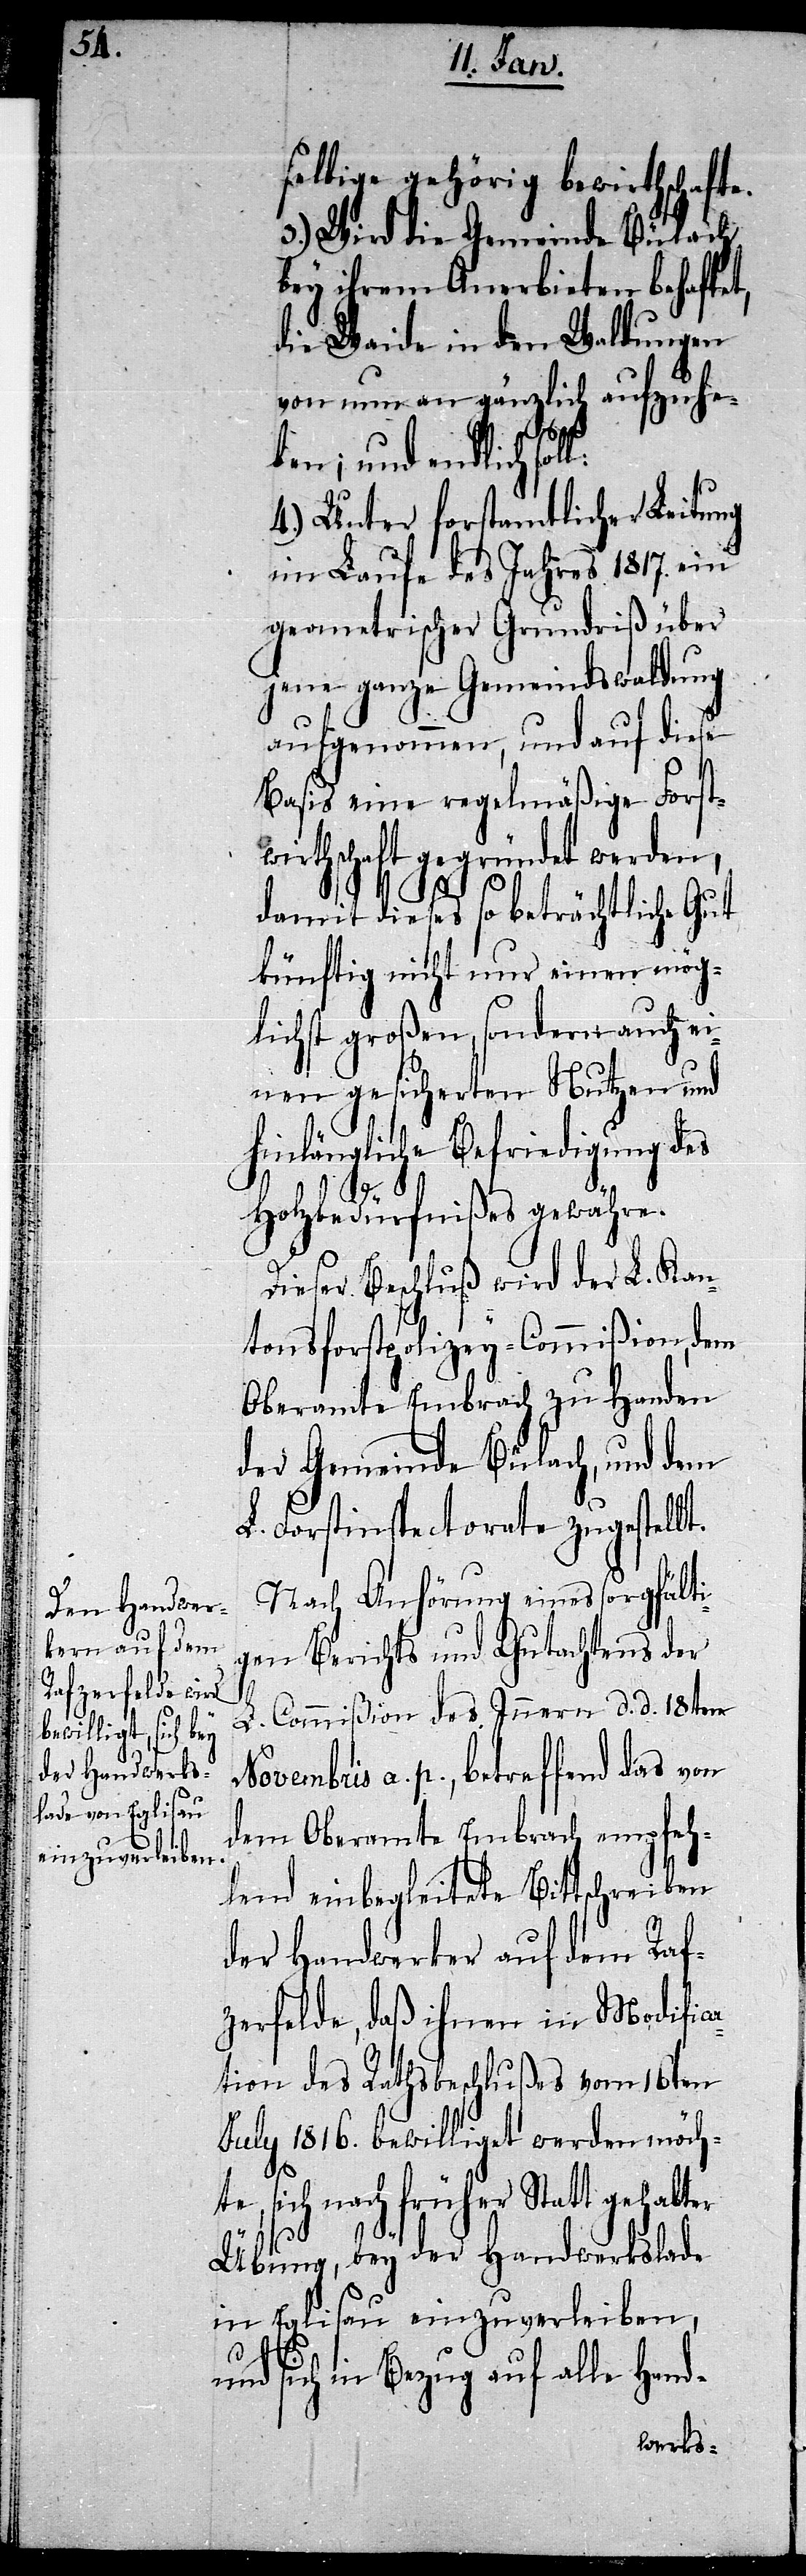
selbige gehörig bewirthschafte.
3.) Wird die Gemeinde Bülach
bey ihrem Anerbieten behaftet,
die Waide in den Waldungen
von nun an gänzlich aufzuhe¬
ben; und endlich soll:
4.) Unter forstamtlicher Leitung
im Laufe des Jahres 1817. ein
geometrischer Grundriß über
jene ganze Gemeindswaldung
aufgenommen, und auf diese
Basis eine regelmäßige Forst¬
wirthschaft gegründet werden,
damit dieses so beträchtliche Gut
künftig nicht nur einen mög¬
lichst großen, sondern auch ei¬
nen gesicherten Nutzen und
hinlängliche Befriedigung des
Holzbedürfnißes gewähre.
Dieser Beschluß wird der L. Kan¬
tonsforstpolizey-Commißion, dem
Oberamte Embrach zu Handen
der Gemeinde Bülach, und dem
L. Forstinspectorate zugestellt.
Nach Anhörung eines sorgfälti¬
gen Berichts und Gutachtens der
L. Commißion des Innern d. d. 18ten
Novembris a. p., betreffend das von
dem Oberamte Embrach empfeh¬
lend einbegleitete Bittschreiben
der Handwerker auf dem Raf¬
zerfelde, daß ihnen in Modific¬
ation des Rathsbeschlußes vom 16ten
July 1816. bewilliget werden möch¬
te, sich nach früher Statt gehabter
Übung, bey der Handwerkslade
in Eglisau einzuverleiben,
und sich in Bezug auf alle Hand-